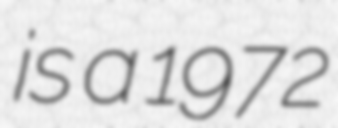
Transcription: is a 1972